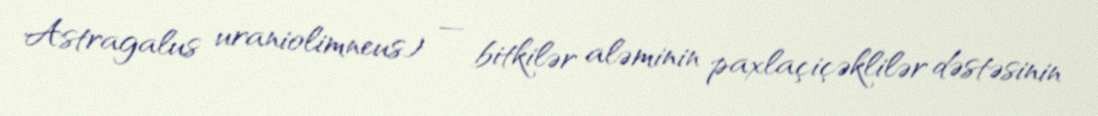
Astragalus uraniolimneus) — bitkilər aləminin paxlaçiçəklilər dəstəsinin